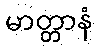
မာတ္တာနံ